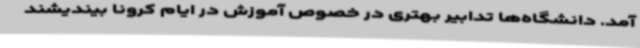
آمد. دانشگاه‌ها تدابیر بهتری در خصوص آموزش در ایام کرونا بیندیشند